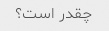
چقدر است؟